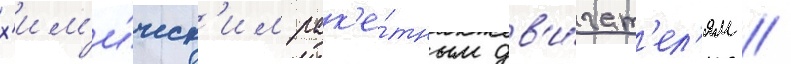
х'им'и́ческ'им рак'е́тным дв'и́гат'ел'ям /